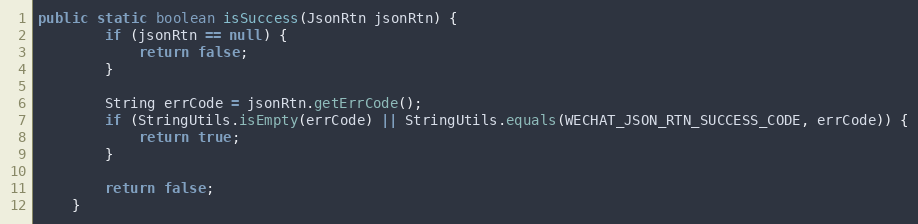
Language: Java
public static boolean isSuccess(JsonRtn jsonRtn) {
        if (jsonRtn == null) {
            return false;
        }

        String errCode = jsonRtn.getErrCode();
        if (StringUtils.isEmpty(errCode) || StringUtils.equals(WECHAT_JSON_RTN_SUCCESS_CODE, errCode)) {
            return true;
        }

        return false;
    }